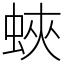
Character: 蛺